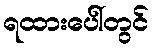
ရထားပေါ်တွင်